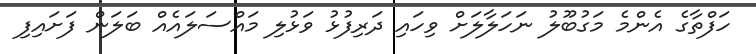
ހަފްތާގެ އެންމެ މަގުބޫލު ނަހަލާލަށް ވިހައި ދަރިފުޅު ވަޅުލި މައްސަލައެއް ބަލަން ފަށައިފި